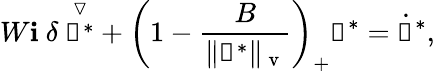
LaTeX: W\mathbf{i}~\delta~\overset{\triangledown}{\boldsymbol{\uptau}^{*}}+\left(1-\frac{{B}}{{\Vert\boldsymbol{\uptau}^{*}\Vert_{\mathrm{{~v~}}}}}\right)_{+}\boldsymbol{\uptau}^{*}=\dot{{\boldsymbol{\upgamma}}}^{*},